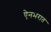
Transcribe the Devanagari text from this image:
ऐनभरात